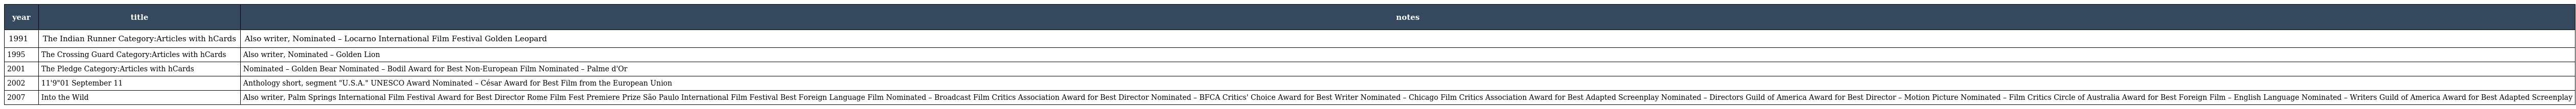
| year | title | notes |
 | --- | --- | --- |
 | 1991 | The Indian Runner Category:Articles with hCards | Also writer, Nominated – Locarno International Film Festival Golden Leopard |
 | 1995 | The Crossing Guard Category:Articles with hCards | Also writer, Nominated – Golden Lion |
 | 2001 | The Pledge Category:Articles with hCards | Nominated – Golden Bear Nominated – Bodil Award for Best Non-European Film Nominated – Palme d'Or |
 | 2002 | 11'9"01 September 11 | Anthology short, segment "U.S.A." UNESCO Award Nominated – César Award for Best Film from the European Union |
 | 2007 | Into the Wild | Also writer, Palm Springs International Film Festival Award for Best Director Rome Film Fest Premiere Prize São Paulo International Film Festival Best Foreign Language Film Nominated – Broadcast Film Critics Association Award for Best Director Nominated – BFCA Critics' Choice Award for Best Writer Nominated – Chicago Film Critics Association Award for Best Adapted Screenplay Nominated – Directors Guild of America Award for Best Director – Motion Picture Nominated – Film Critics Circle of Australia Award for Best Foreign Film – English Language Nominated – Writers Guild of America Award for Best Adapted Screenplay |